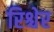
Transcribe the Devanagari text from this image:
रिश्चेर